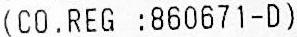
(CO.REG :860671-D)